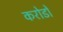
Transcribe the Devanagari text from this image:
करोडोँ